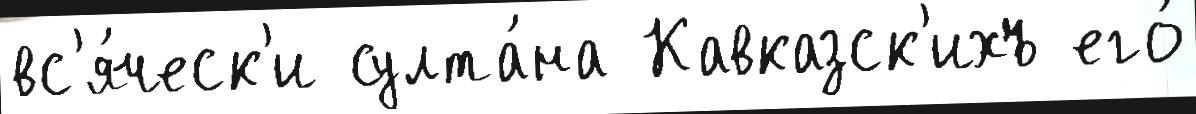
вс'я́ческ'и султа́на Кавказск'ихъ его́